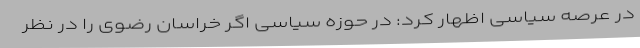
در عرصه سیاسی اظهار کرد: در حوزه سیاسی اگر خراسان رضوی را در نظر